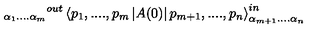
_ { \alpha _ { 1 } . . . . \alpha _ { m } } { } ^ { o u t } \left\langle p _ { 1 } , . . . . , p _ { m } \left| A ( 0 ) \right| p _ { m + 1 } , . . . . , p _ { n } \right\rangle _ { \alpha _ { m + 1 } . . . . \alpha _ { n } } ^ { i n }